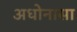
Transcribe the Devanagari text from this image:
अधोनासा